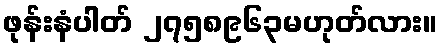
ဖုန်းနံပါတ် ၂၇၅၈၉၆၃မဟုတ်လား။